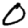
Digit: 0